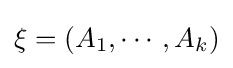
\xi =(A_{1},\cdots ,A_{k})